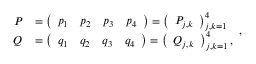
\begin{array} { r l } { P } & { = \left( \begin{array} { l l l l } { p _ { 1 } } & { p _ { 2 } } & { p _ { 3 } } & { p _ { 4 } } \end{array} \right) = \left( \begin{array} { l } { P _ { j , k } } \end{array} \right) _ { j , k = 1 } ^ { 4 } } \\ { Q } & { = \left( \begin{array} { l l l l } { q _ { 1 } } & { q _ { 2 } } & { q _ { 3 } } & { q _ { 4 } } \end{array} \right) = \left( \begin{array} { l } { Q _ { j , k } } \end{array} \right) _ { j , k = 1 } ^ { 4 } , } \end{array} ,